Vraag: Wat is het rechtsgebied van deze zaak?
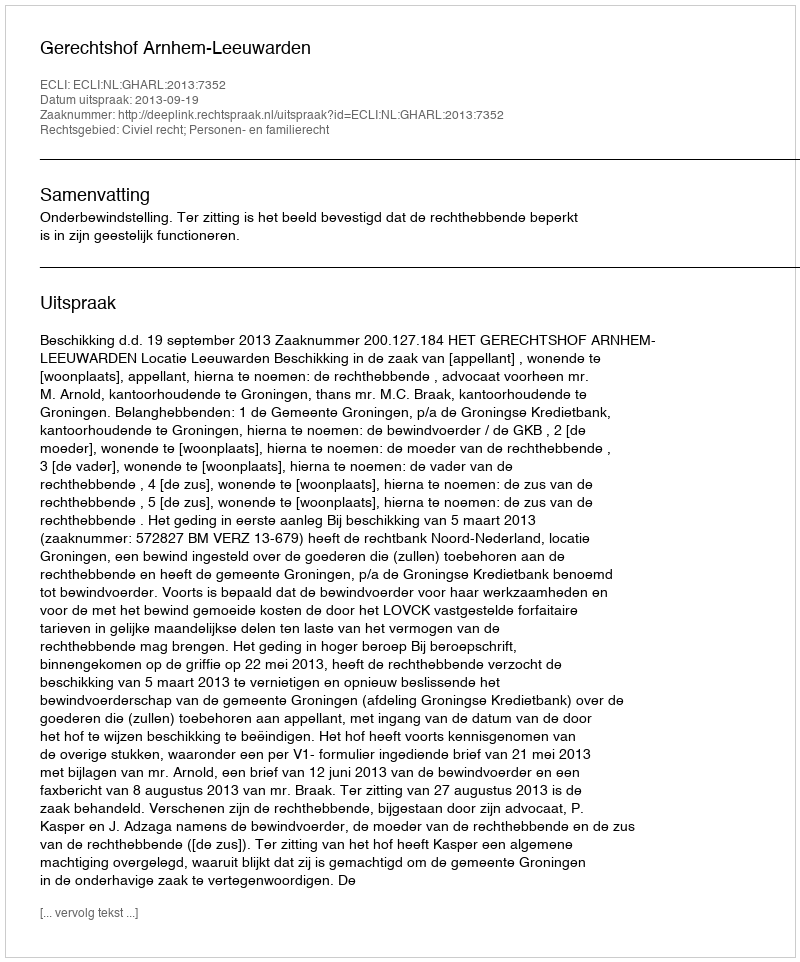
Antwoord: Civiel recht; Personen- en familierecht